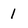
Character: 1